Leaving Certificate Examination (including Day School Certificate (Higher) General paper), 1930
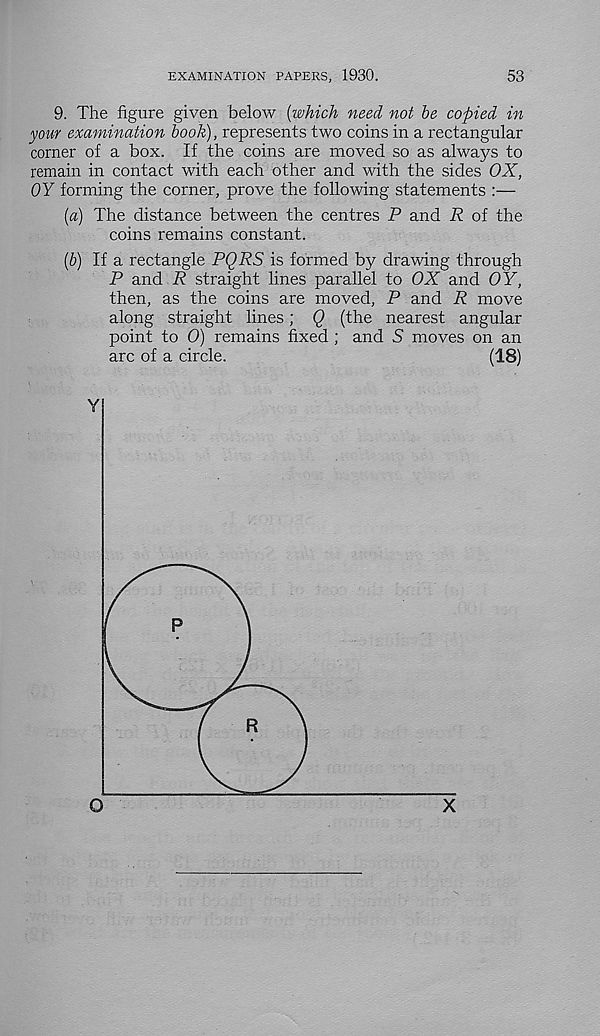
EXAMINATION PAPERS, 1930.
53
9. The figure given below {which need not he copied in
your examination hook), represents two coins in a rectangular
corner of a box. If the coins are moved so as always to
remain in contact with each other and with the sides OX,
0Y forming the corner, prove the following statements :—
[a] The distance between the centres P and R of the
coins remains constant.
{b) If a rectangle PQRS is formed by drawing through
P and R straight lines parallel to OX and 0 Y,
then, as the coins are moved, P and R move
along straight lines; Q (the nearest angular
point to 0) remains fixed ; and S moves on an
arc of a circle.
(18)
O
X